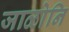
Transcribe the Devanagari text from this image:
जाळोनि